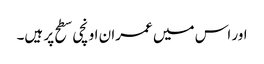
اور اس میں عمران اونچی سطح پر ہیں۔